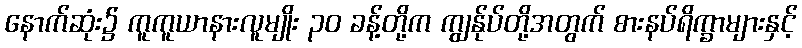
နောက်ဆုံး၌ ကူကူယာနားလူမျိုး ၃၀ ခန့်တို့က ကျွန်ုပ်တို့အတွက် စားနပ်ရိက္ခာများနှင့်